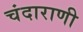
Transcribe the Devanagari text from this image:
चंदाराणी